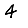
Digit: 4